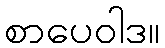
စာပေဝါဒ။